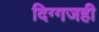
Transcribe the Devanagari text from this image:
दिग्गजही